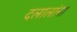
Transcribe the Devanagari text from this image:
दलालांना